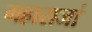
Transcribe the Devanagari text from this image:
महाराजां